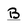
Character: b